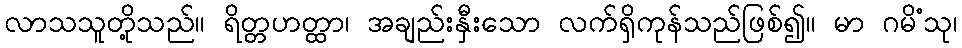
လာသသူတို့သည်။ ရိတ္တဟတ္ထာ၊ အချည်းနှီးသော လက်ရှိကုန်သည်ဖြစ်၍။ မာ ဂမိံသု၊